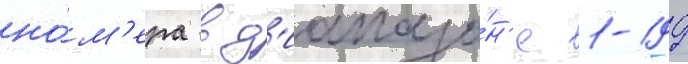
но́м'ера в д'иапазо́н'е 1-199